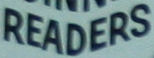
READERS